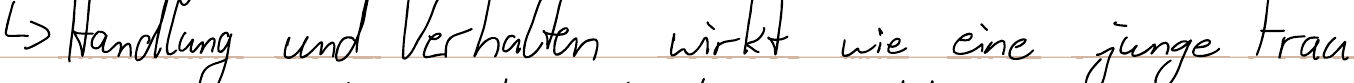
-> Handlung und Verhalten wirkt wie eine junge Frau